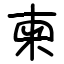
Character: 柬